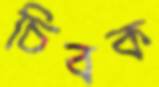
চিবক